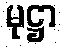
မုဋ္ဌာ